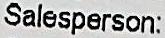
SALESPERSON: